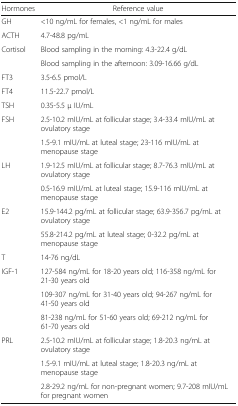
<table><thead><tr><td><b>Hormones</b></td><td><b>Reference value</b></td></tr></thead><tbody><tr><td>GH</td><td>&lt;10 ng/mL for females, &lt;1 ng/mL for males</td></tr><tr><td>ACTH</td><td>4.7-48.8 pg/mL</td></tr><tr><td rowspan="2">Cortisol</td><td>Blood sampling in the morning: 4.3-22.4 g/dL</td></tr><tr><td>Blood sampling in the afternoon: 3.09-16.66 g/dL</td></tr><tr><td>FT3</td><td>3.5-6.5 pmol/L</td></tr><tr><td>FT4</td><td>11.5-22.7 pmol/L</td></tr><tr><td>TSH</td><td>0.35-5.5 μ IU/mL</td></tr><tr><td rowspan="2">FSH</td><td>2.5-10.2 mIU/mL at follicular stage; 3.4-33.4 mIU/mL at ovulatory stage</td></tr><tr><td>1.5-9.1 mIU/mL at luteal stage; 23-116 mIU/mL at menopause stage</td></tr><tr><td rowspan="2">LH</td><td>1.9-12.5 mIU/mL at follicular stage; 8.7-76.3 mIU/mL at ovulatory stage</td></tr><tr><td>0.5-16.9 mIU/mL at luteal stage; 15.9-116 mIU/mL at menopause stage</td></tr><tr><td rowspan="2">E2</td><td>15.9-144.2 pg/mL at follicular stage; 63.9-356.7 pg/mL at ovulatory stage</td></tr><tr><td>55.8-214.2 pg/mL at luteal stage; 0-32.2 pg/mL at menopause stage</td></tr><tr><td>T</td><td>14-76 ng/dL</td></tr><tr><td rowspan="3">IGF-1</td><td>127-584 ng/mL for 18-20 years old; 116-358 ng/mL for 21-30 years old</td></tr><tr><td>109-307 ng/mL for 31-40 years old; 94-267 ng/mL for 41-50 years old</td></tr><tr><td>81-238 ng/mL for 51-60 years old; 69-212 ng/mL for 61-70 years old</td></tr><tr><td rowspan="3">PRL</td><td>2.5-10.2 mIU/mL at follicular stage; 1.8-20.3 ng/mL at ovulatory stage</td></tr><tr><td>1.5-9.1 mIU/mL at luteal stage; 1.8-20.3 ng/mL at menopause stage</td></tr><tr><td>2.8-29.2 ng/mL for non-pregnant women; 9.7-208 mIU/mL for pregnant women</td></tr></tbody></table>